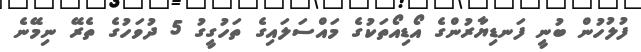
ފުލުހުން ބުނީ ފަނޑިޔާރުންގެ އޯޑިއޯތަކުގެ މައްސަލައިގެ ތަހުގީގު 5 ދުވަހުގެ ތެރޭ ނިމޭނެ